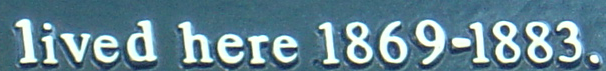
lived here 1869-1883